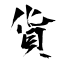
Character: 貨